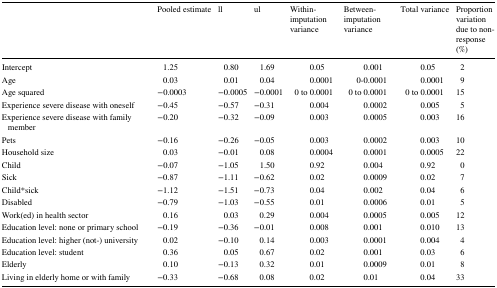
<table><thead><tr><td></td><td><b>Pooled estimate</b></td><td><b>ll</b></td><td><b>ul</b></td><td><b>Within-imputation variance</b></td><td><b>Between-imputation variance</b></td><td><b>Total variance</b></td><td><b>Proportion variationdue to non-response (%)</b></td></tr></thead><tbody><tr><td>Intercept</td><td>1.25</td><td>0.80</td><td>1.69</td><td>0.05</td><td>0.001</td><td>0.05</td><td>2</td></tr><tr><td>Age</td><td>0.03</td><td>0.01</td><td>0.04</td><td>0.0001</td><td>0-0.0001</td><td>0.0001</td><td>9</td></tr><tr><td>Age squared</td><td>−0.0003</td><td>−0.0005</td><td>−0.0001</td><td>0 to 0.0001</td><td>0 to 0.0001</td><td>0 to 0.0001</td><td>15</td></tr><tr><td>Experience severe disease with oneself</td><td>−0.45</td><td>−0.57</td><td>−0.31</td><td>0.004</td><td>0.0002</td><td>0.005</td><td>5</td></tr><tr><td>Experience severe disease with family member</td><td>−0.20</td><td>−0.32</td><td>−0.09</td><td>0.003</td><td>0.0005</td><td>0.003</td><td>16</td></tr><tr><td>Pets</td><td>−0.16</td><td>−0.26</td><td>−0.05</td><td>0.003</td><td>0.0002</td><td>0.003</td><td>10</td></tr><tr><td>Household size</td><td>0.03</td><td>−0.01</td><td>0.08</td><td>0.0004</td><td>0.0001</td><td>0.0005</td><td>22</td></tr><tr><td>Child</td><td>−0.07</td><td>−1.05</td><td>1.50</td><td>0.92</td><td>0.004</td><td>0.92</td><td>0</td></tr><tr><td>Sick</td><td>−0.87</td><td>−1.11</td><td>−0.62</td><td>0.02</td><td>0.0009</td><td>0.02</td><td>7</td></tr><tr><td>Child*sick</td><td>−1.12</td><td>−1.51</td><td>−0.73</td><td>0.04</td><td>0.002</td><td>0.04</td><td>6</td></tr><tr><td>Disabled</td><td>−0.79</td><td>−1.03</td><td>−0.55</td><td>0.01</td><td>0.0006</td><td>0.01</td><td>5</td></tr><tr><td>Work(ed) in health sector</td><td>0.16</td><td>0.03</td><td>0.29</td><td>0.004</td><td>0.0005</td><td>0.005</td><td>12</td></tr><tr><td>Education level: none or primary school</td><td>−0.19</td><td>−0.36</td><td>−0.01</td><td>0.008</td><td>0.001</td><td>0.010</td><td>13</td></tr><tr><td>Education level: higher (not-) university</td><td>0.02</td><td>−0.10</td><td>0.14</td><td>0.003</td><td>0.0001</td><td>0.004</td><td>4</td></tr><tr><td>Education level: student</td><td>0.36</td><td>0.05</td><td>0.67</td><td>0.02</td><td>0.001</td><td>0.03</td><td>6</td></tr><tr><td>Elderly</td><td>0.10</td><td>−0.13</td><td>0.32</td><td>0.01</td><td>0.0009</td><td>0.01</td><td>8</td></tr><tr><td>Living in elderly home or with family</td><td>−0.33</td><td>−0.68</td><td>0.08</td><td>0.02</td><td>0.01</td><td>0.04</td><td>33</td></tr></tbody></table>